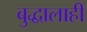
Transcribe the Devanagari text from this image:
बुद्धालाही